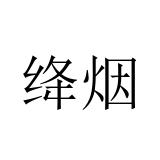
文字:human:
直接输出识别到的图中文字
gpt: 绛烟